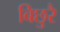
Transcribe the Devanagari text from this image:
बिछुरै